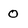
Character: 0